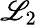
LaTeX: \mathscr{L}_{2}